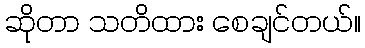
ဆိုတာ သတိထား စေချင်တယ်။